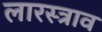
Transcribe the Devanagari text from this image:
लारस्त्राव